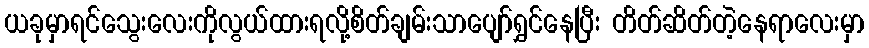
ယခုမှာရင်သွေးလေးကိုလွယ်ထားရလို့စိတ်ချမ်းသာပျော်ရွှင်နေပြီး တိတ်ဆိတ်တဲ့နေရာလေးမှာ